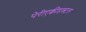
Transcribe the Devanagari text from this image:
पेरीएक्वीडक्टल